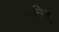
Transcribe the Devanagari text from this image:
ग्रमिन्